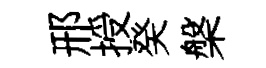
邢授癸槃